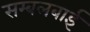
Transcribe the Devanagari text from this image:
सम्बलबाई